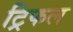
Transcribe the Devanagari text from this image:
ट्रिफल